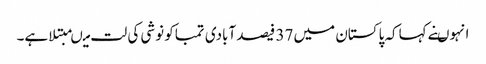
انہوںنے کہاکہ پاکستان میں 37 فیصد آبادی تمباکو نوشی کی لت میںمبتلا ہے۔